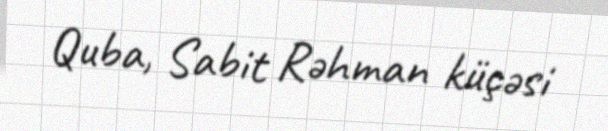
Quba, Sabit Rəhman küçəsi